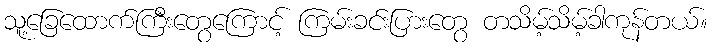
သူ့ခြေထောက်ကြီးတွေကြောင့် ကြမ်းခင်းပြားတွေ တသိမ့်သိမ့်ခါကုန်တယ်။